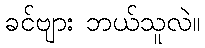
ခင်ဗျား ဘယ်သူလဲ။